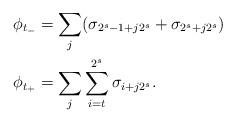
LaTeX: \begin{align*}\phi_{t_-} &= \sum_j (\sigma_{2^s-1+j2^s} + \sigma_{2^s+j2^s})\\\phi_{t_+} &= \sum_j \sum_{i=t}^{2^s} \sigma_{i+j2^s}.\end{align*}